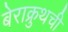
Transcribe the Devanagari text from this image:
बेराक्रुथची